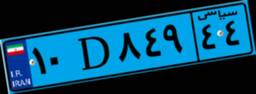
۹۱D۰۷۱۹۰